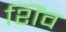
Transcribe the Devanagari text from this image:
शिंव